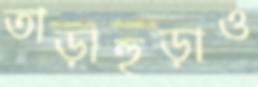
তাড়াহুড়াও